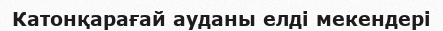
Катонқарағай ауданы елді мекендері